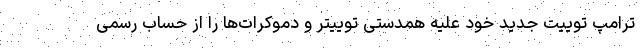
ترامپ توییت جدید خود علیه همدستی توییتر و دموکرات‌ها را از حساب رسمی